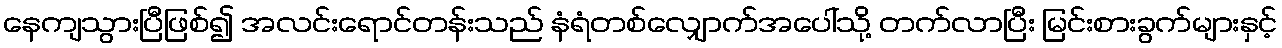
နေကျသွားပြီဖြစ်၍ အလင်းရောင်တန်းသည် နံရံတစ်လျှောက်အပေါ်သို့ တက်လာပြီး မြင်းစားခွက်များနှင့်